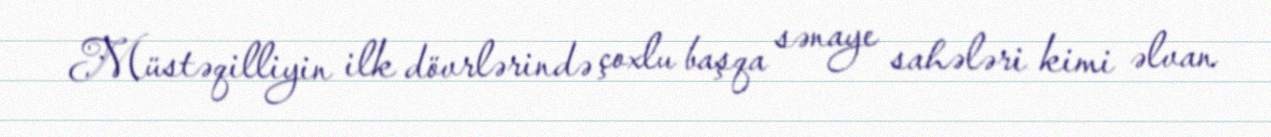
Müstəqilliyin ilk dövrlərində çoxlu başqa sənaye sahələri kimi əlvan